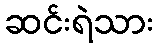
ဆင်းရဲသား